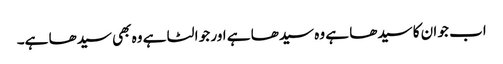
اب جو ان کا سیدھا ہے وہ سیدھا ہے اور جو الٹا ہے وہ بھی سیدھا ہے۔